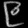
Digit: ၉